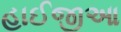
હાઈજીઆ